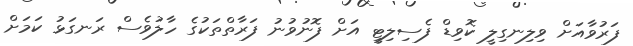
ފަރުވާއަށް ވިލިނގިލީ ކޮވިޑް ފެސިލިޓީ އަށް ފޮނުވުނު ފަރާތްތަކުގެ ހާލުވެސް ރަނގަޅު ކަމަށް